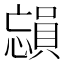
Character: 𪬳